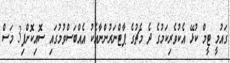
ގައުމީ ޓީމް ކުޅޭ އެކުވެރިކަމުގެ ދެ މެޗުގެ ޕާޓްނަރުންނާއެކު އެއްބަސްވުމުގައި ސޮއިކޮށްފި3 މަސް